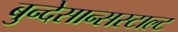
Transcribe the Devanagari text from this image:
बुन्देसान्सस्टाल्ट